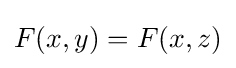
F(x,y)=F(x,z)